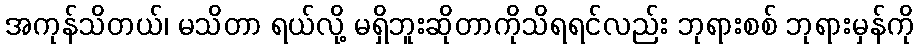
အကုန်သိတယ်၊ မသိတာ ရယ်လို့ မရှိဘူးဆိုတာကိုသိရရင်လည်း ဘုရားစစ် ဘုရားမှန်ကို